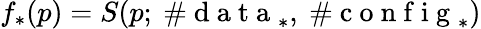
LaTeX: f_{*}(p)=S(p;\mathrm{~\# ~d~a~t~a~}_{*},\mathrm{~\# ~c~o~n~f~i~g~}_{*})